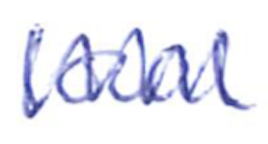
Text: local
Cross-out: zig-zag
Writing tool: ballpoint